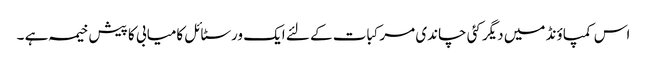
اس کمپاؤنڈ میں دیگر کئی چاندی مرکبات کے لئے ایک ورسٹائل کامیابی کا پیش خیمہ ہے ۔